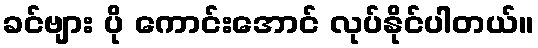
ခင်ဗျား ပို ကောင်းအောင် လုပ်နိုင်ပါတယ်။